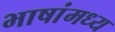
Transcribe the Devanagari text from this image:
भाषांमध्य